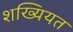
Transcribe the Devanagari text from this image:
शख्यियत